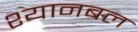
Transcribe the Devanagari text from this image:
श्यानबल